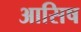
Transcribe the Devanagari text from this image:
आसिष